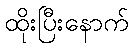
ထိုးပြီးနောက်